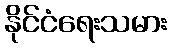
နိုင်ငံရေးသမား